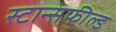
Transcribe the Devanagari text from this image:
स्टान्सफील्ड